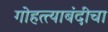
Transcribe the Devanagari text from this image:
गोहत्त्याबंदीचा